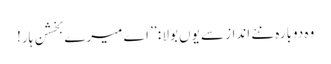
وہ دوبارہ نئے انداز سے یوں بولا : ’’ اے میرے بخشن ہار!